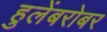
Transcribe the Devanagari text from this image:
हुलेंबरोबर